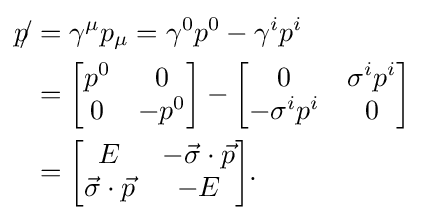
{\begin{aligned}{p\!\!/}&=\gamma ^{\mu }p_{\mu }=\gamma ^{0}p^{0}-\gamma ^{i}p^{i}\\&={\begin{bmatrix}p^{0}&0\\0&-p^{0}\end{bmatrix}}-{\begin{bmatrix}0&\sigma ^{i}p^{i}\\-\sigma ^{i}p^{i}&0\end{bmatrix}}\\&={\begin{bmatrix}E&-{\vec {\sigma }}\cdot {\vec {p}}\\{\vec {\sigma }}\cdot {\vec {p}}&-E\end{bmatrix}}.\end{aligned}}